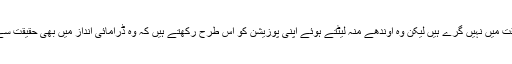
گرنے والے اگرچہ حقیقت میں نہیں گرے ہیں لیکن وہ اوندھے منہ لیٹتے ہوئے اپنی پوزیشن کو اس طرح رکھتے ہیں کہ وہ ڈرامائی انداز میں بھی حقیقت سے قریب تر دکھائی دے۔